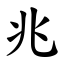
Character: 兆